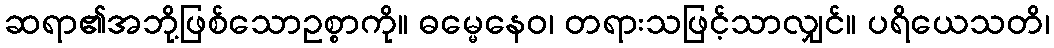
ဆရာ၏အဘို့ဖြစ်သောဥစ္စာကို။ ဓမ္မေနေဝ၊ တရားသဖြင့်သာလျှင်။ ပရိယေသတိ၊